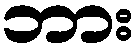
ဘား